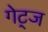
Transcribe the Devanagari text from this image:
गेट्ज